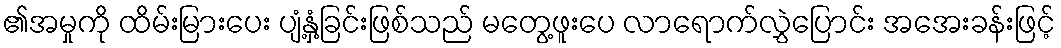
၏အမှုကို ထိမ်းမြားပေး ပျံ့နှံ့ခြင်းဖြစ်သည် မတွေ့ဖူးပေ လာရောက်လွှဲပြောင်း အအေးခန်းဖြင့်